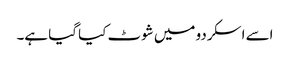
اسے اسکردو میں شوٹ کیا گیا ہے۔